Account of plague administration in the Bombay Presidency from September 1896 till May 1897
Year: 1896
Disease focus: Plague
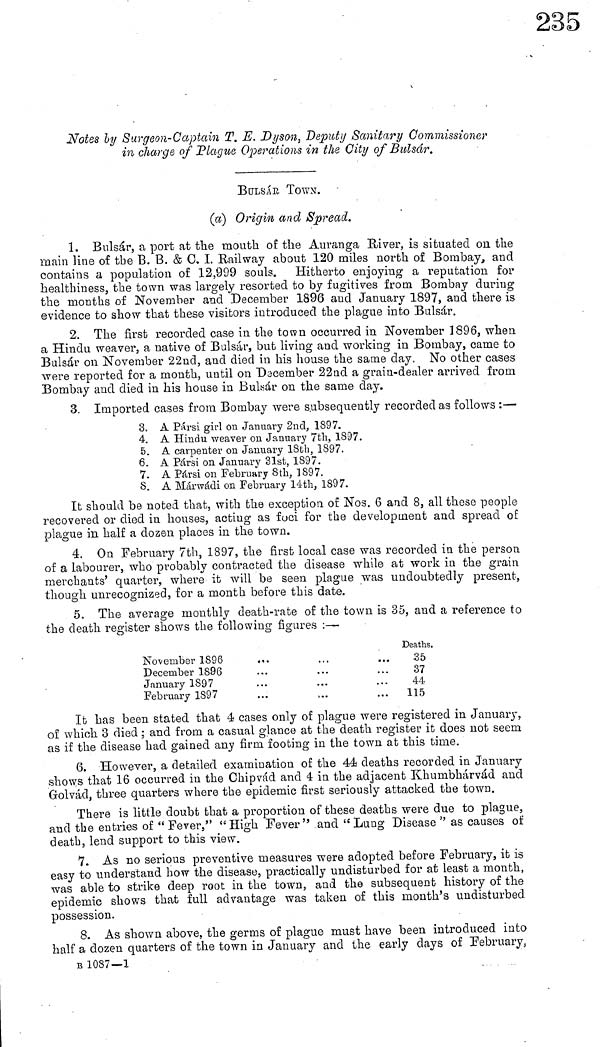
Notes by Surgeon-Captain T. E. Dyson, Deputy Sanitary Commissioner
in charge of "Plague Operations in the City of Bulsar.
BULSAR TOWN.
(a) Origin and Spread.
1. Bulsár, a port at the mouth of the Auranga Hiver, is situated on the
main line of the B. B. & C. I. Railway about 120 miles north of Bombay, and
contains a population of 12,999 souls. Hitherto enjoying a reputation for
healthiness, the town was largely resorted to by fugitives from Bombay during
the months of November and December 1896 and January 1897, and there is
evidence to show that these visitors introduced the plague into Bulsár.
2. The first recorded case in the town occurred in November 1896, when
a Hindu weaver, a native of Balsar, but living and working in Bombay, came to
Bulsár on November 22nd, and died in his house the same day. No other cases
were reported for a month, until on December 22nd a grain-dealer arrived from
Bombay and died in his house in Bulsár on the same day.
3. Imported cases from Bombay were subsequently recorded as follows :—
3. A Pársi girl on January 2nd, 1897.
4. A Hindu weaver on January 7th, 1897.
5. A carpenter on January 18th, 1897.
6. A Pársi on January 31st, 1897.
7. A Pársi on February 8th, 1897.
8. A Márwádi on February 14th, 1897.
It should be noted that, with the exception of Nos. 6 and 8, all these people
recovered or died in houses, acting as foci for the development and spread of
plague in half a dozen places in the town.
4. On February 7th, 1897, the first local case was recorded in the person
of a labourer, who probably contracted the disease while at work in the grain
merchants' quarter, where it will be seen plague was undoubtedly present,
though unrecognized, for a month before this date.
5. The average monthly death-rate of the town is 35, and a reference to
the death register shows the following figures :·—
November 1896
December 1S96
January 1897
February 1897
. . .
...
...
...
...
...
...
,..
·
...
.. .
...
Deaths.
35
37
44
115
It has been stated that 4 cases only of plague were registered in January,
of which 3 died ; and from a casual glance at the death register it does not seem
as if the disease had gained any firm footing in the town at this time.
6. However, a detailed examination of the 44 deaths recorded in January
shows that 16 occurred in the Chipvád and 4 in the adjacent Khumbhárvád and
Golvad, three quarters where the epidemic first seriously attacked the town.
There is little doubt that a proportion of these deaths were due to plague,
and the entries of " Fever," " High Fever " and " Lung Disease " as causes of
death, lend support to this view.
7. As no serious preventive measures were adopted before February, it is
easy to understand how the disease, practically undisturbed for at least a month,
was able to strike deep root in the town, and the subsequent history of the
epidemic shows that full advantage was taken of this month's undisturbed
possession.
8. As shown above, the germs of plague must have been introduced into
half a dozen quarters of the town in January and the early days of February,
B 1087—1